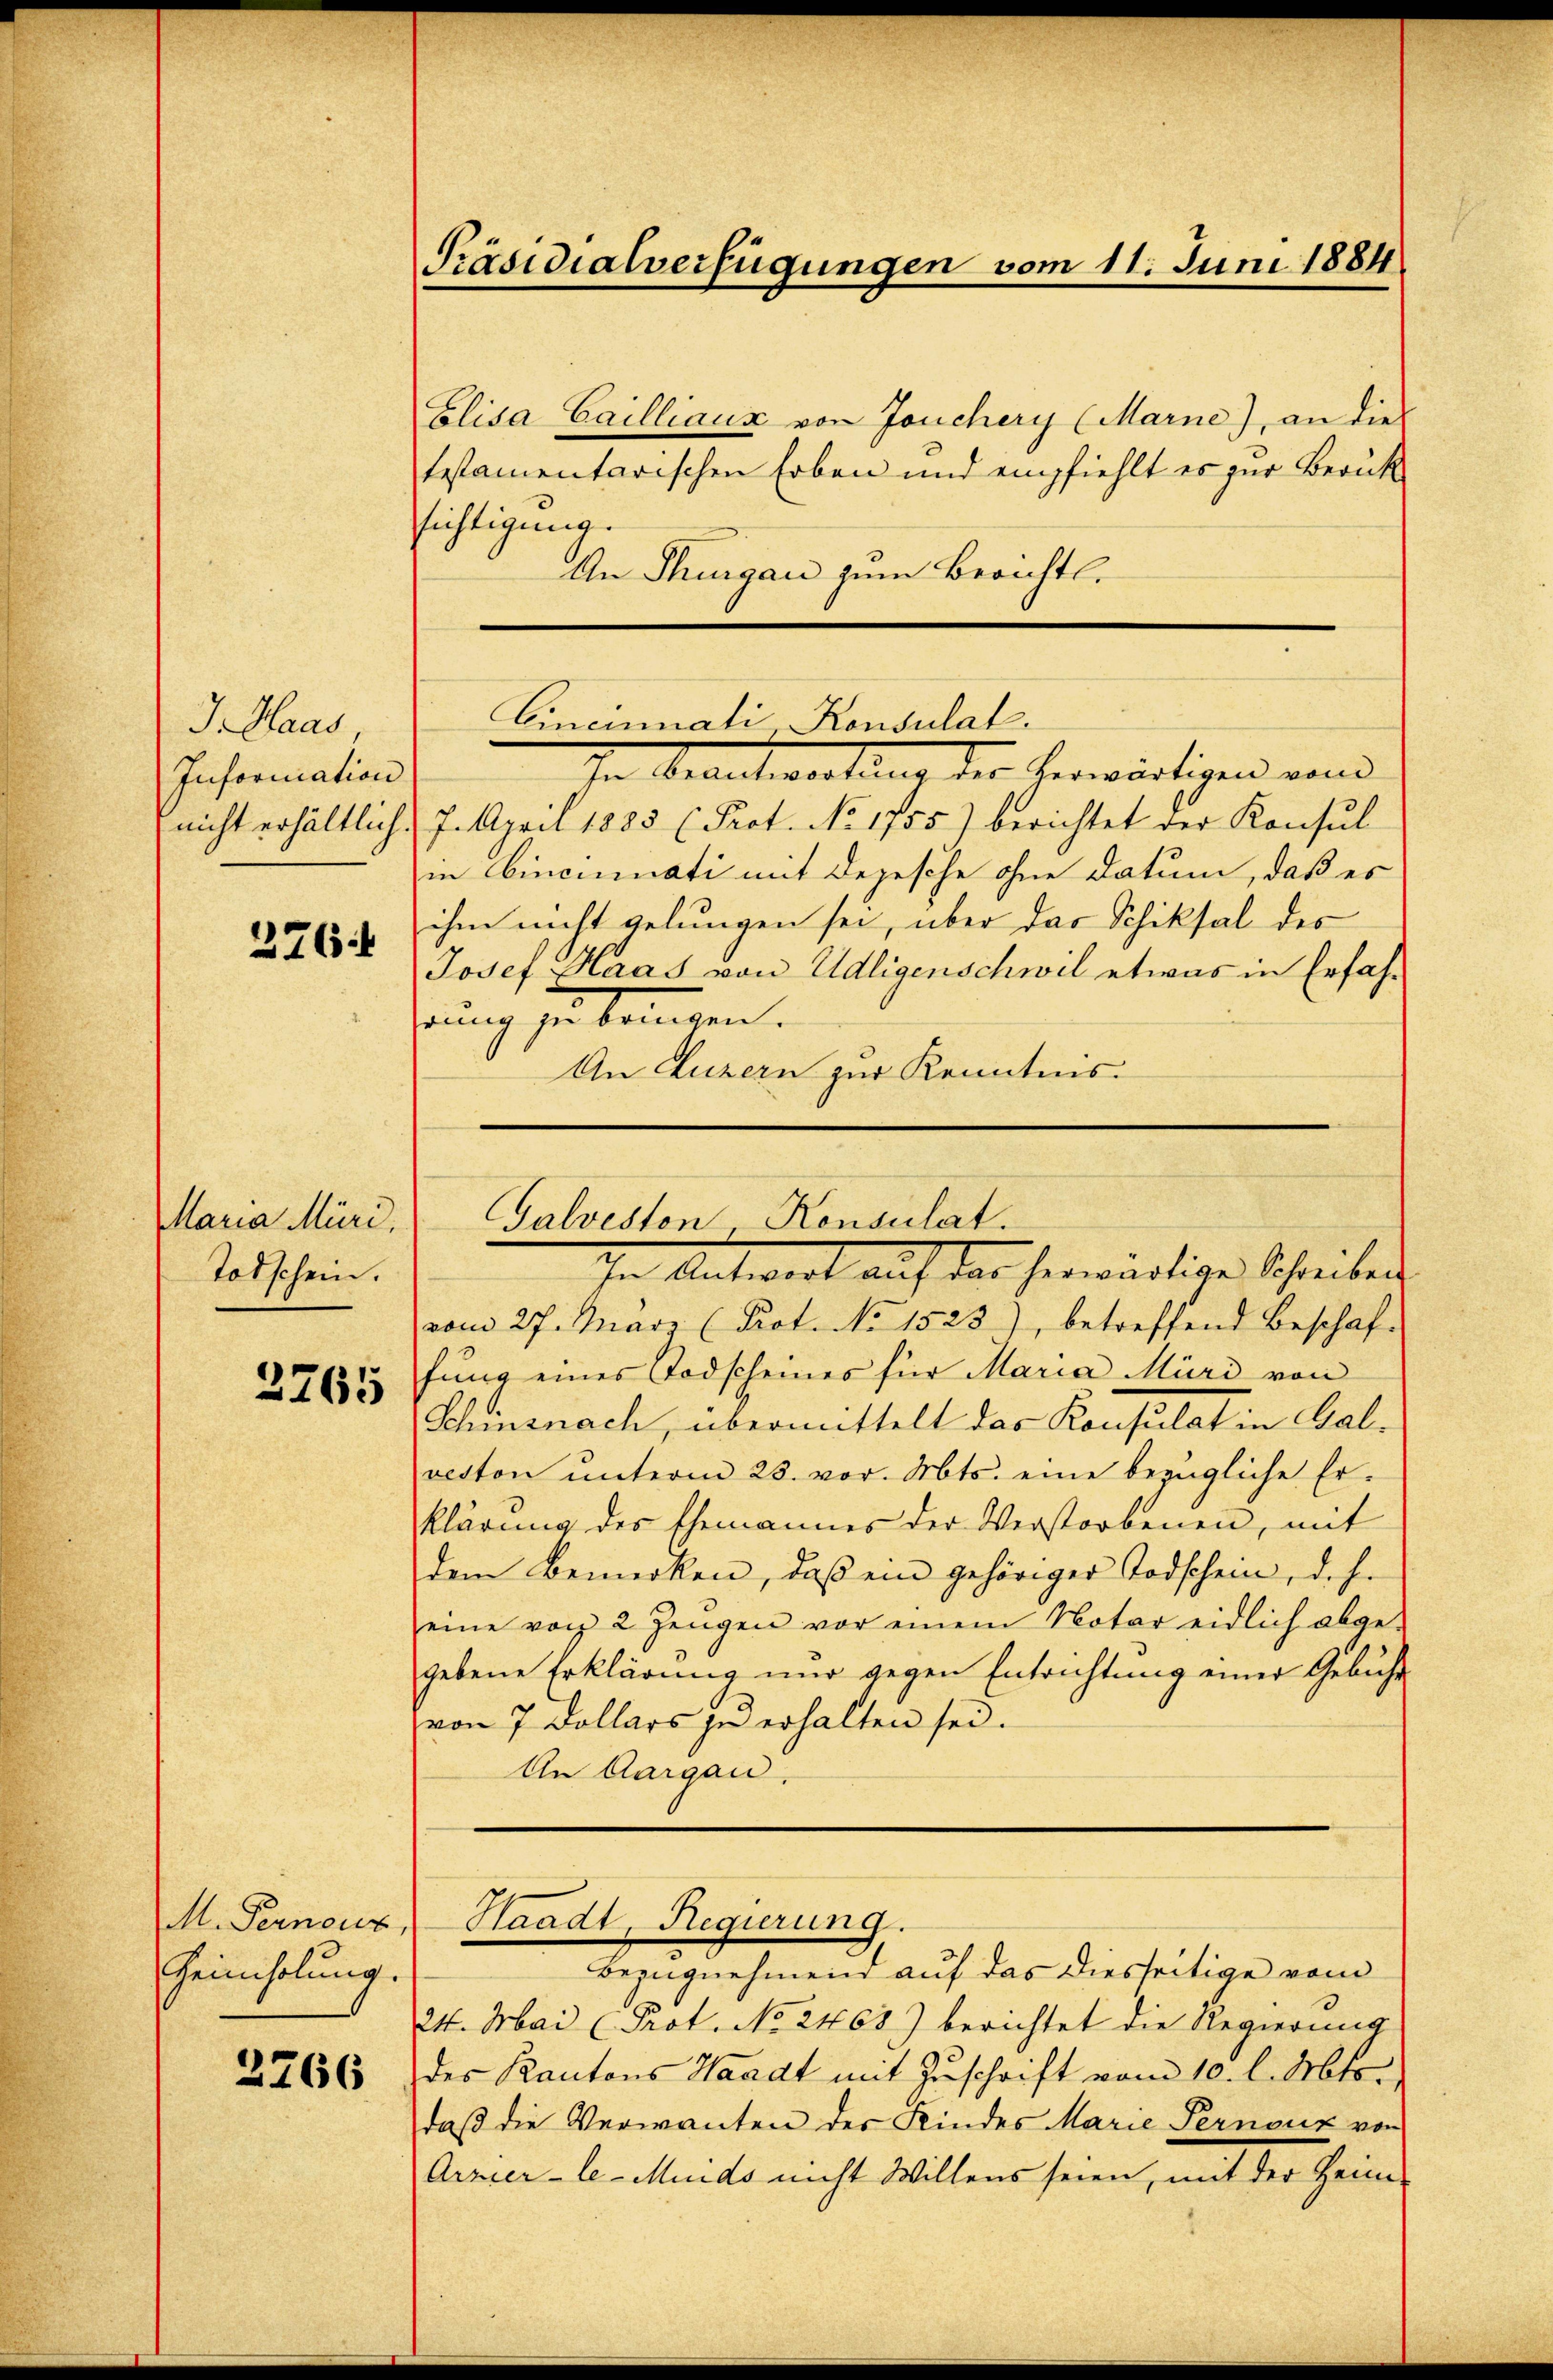
J. Haus
Information
nicht erhältlich.
276:

Maria Müri.
Todschein.
2765

M. Pernouz
Zeimholung.

2266

Präsidialverfügungen vom 11. Juni 1884

Elisa Cailliaux von Jouchery (Marne), an die
testamentarischen Erben und empfiehlt es zur Berük
sichtigung.
An Thurgau zum Berichtl.
In Beantwortung der herwärtigen vend
7. April 1885 (Prot. No 1755) berichtet der Konsul
in Cincinati mit Depesche ohne Datum, daß es
ihm nicht gelungen sei, über das Schiksal des
Josef Haas von Udligenschwil etwas in Erfahgung zu kommen.
An Luzern zur Kenntnis.

Cincinnati Konsulat.

Galvesten, Konsulat.

In Antwort auf das herwärtige Schreiben
vom 27. März (Prot. No 1523), betreffend Beschaf-
fung eines Todscheines für Maria Müri von
Schinsnach, übermittelt das Konsulat in Galveston ŭnterm 23. vor. Mts. eine bezügliche Er-
klärung des Ehemannes der Verstorbenen, mit
dem Bemerken, daß ein gehöriger Todschein, deh
eine von 2 Zeugen vor einem Notar eidlich abge-
gebene Erklärung und gegen Entrichtung einer Gebühr
von 7 Dollars zu erhalten sei.
An Aargau.
Waadt, Regierung.
bezugnehmend auf das diesseitige vom
24. Mai (Prot. No 2468) berichtet die Regierung
des Kantons Waadt mit Zuschrift vom 10. l. Mts.
daß die Verwanten der Kindes Marie Pernouz von
Arzier-le- Minds nicht Willens seien, mit der Heim-